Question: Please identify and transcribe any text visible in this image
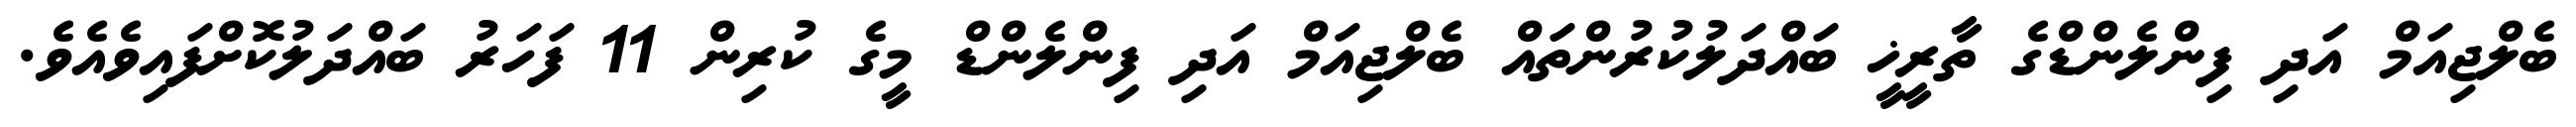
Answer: ބެލްޖިއަމް އަދި ފިންލެންޑްގެ ތާރީޚީ ބައްދަލުކުރުންތައް ބެލްޖިއަމް އަދި ފިންލެންޑް މީގެ ކުރިން 11 ފަހަރު ބައްދަލުކޮށްފައިވެއެވެ.